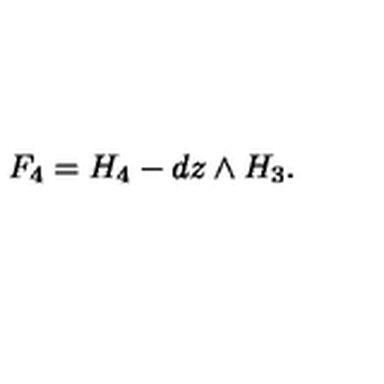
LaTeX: F _ { 4 } = H _ { 4 } - d z \wedge H _ { 3 } .